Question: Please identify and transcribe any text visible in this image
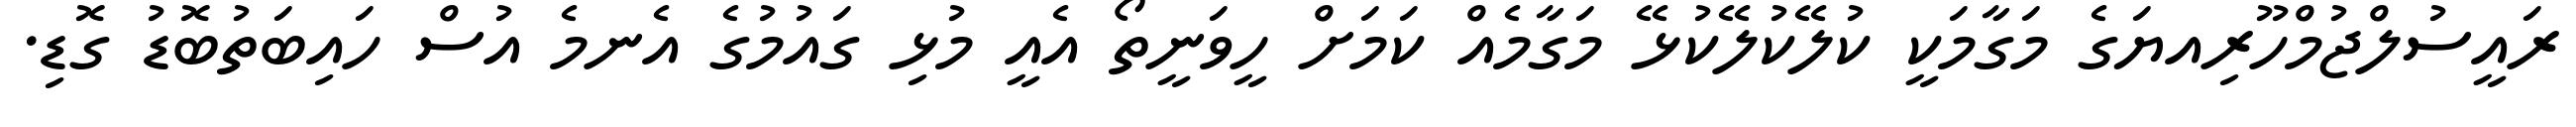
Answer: ރައީސުލްޖުމްހޫރިއޔަގެ މަގާމަކީ ކުލޭކުލޭކުޅޭ މަގާމެއް ކަމަށް ހީވަނީތޯ އެއީ މުޅި ގައުމުގެ އެނމެ އުސް ހައިބަތުބޮޑު ގޮޑި.